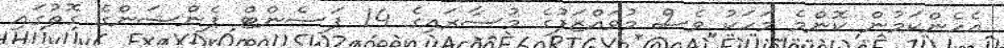
އެހެންކަމުން ކޮންމެ މަހަކު ވެސް މުވައްޒަފުގެ މުސާރައިގެ 14 ޕަސެންޓް ޕެންޝަންގެ ގޮތުގައި